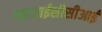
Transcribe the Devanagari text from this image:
एफ़आईसीसीआई